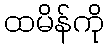
ထမိန်ကို